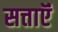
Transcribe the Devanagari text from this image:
सत्ताऍं